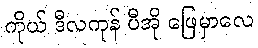
ကိုယ် ဒီလကုန် ပီအို ဖြေမှာလေ